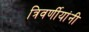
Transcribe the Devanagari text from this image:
त्रिवर्णीयांनी